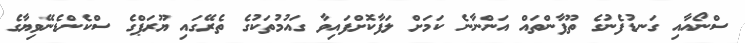
ސްނޯއާއި ގަނޑުފެނުގެ ތޫފާންތައް އަންނާނެ ކަމަށް ލަފާކޮށްފައިވާ ގައުމުތަކުގެ ތެރޭގައި ޔޫރަޕްގެ ސްކެންޑެނޭވިޔާގެ